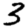
Digit: 3